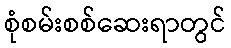
စုံစမ်းစစ်ဆေးရာတွင်